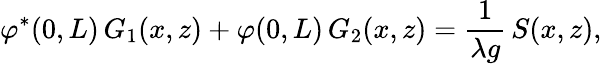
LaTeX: \varphi^{\ast}(0,L)\, G_{1}(x,z)+\varphi(0,L)\, G_{2}(x,z)=\frac{1}{\lambda g}\, S(x,z),